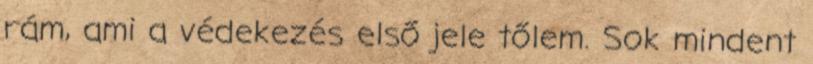
rám, ami a védekezés első jele tőlem. Sok mindent